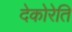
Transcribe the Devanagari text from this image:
देकोरेति